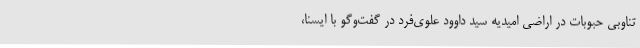
تناوبی حبوبات در اراضی امیدیه سید داوود علوی‌فرد در گفت‌وگو با ایسنا،